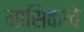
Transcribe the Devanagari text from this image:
नासिकाचे